Report on vaccination in Madras 1877-1894 - 1877-1894
Year: 1877
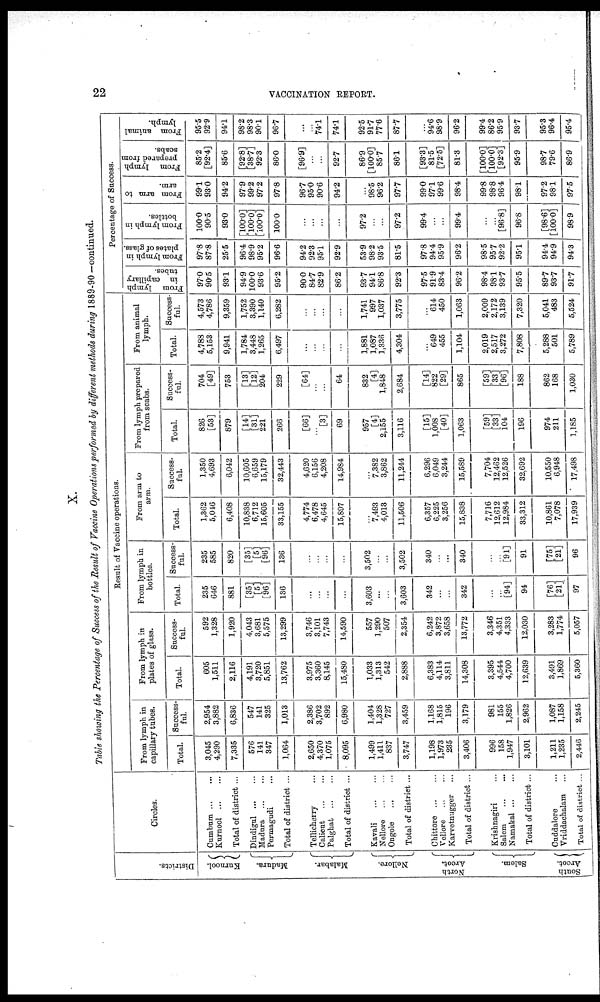
22
VACCINATION REPORT.
X.
Table showing the Percentage of Success of the Result of Vaccine Operations performed by different methods during 1889-90 —continued.
Districts.
Kurnool.
Madura.
Malabar.
Nellore.
North
Arcot.
Salem.
South
Arcot.
Circles.
Cumbum ... ...
Kurnool
...
...
Total of district ...
Dindigul
...
...
Madara ... ...
Permagudi ...
Total of district ...
Tellicherry ...
Calicut
...
...
Palghat
...
...
Total of district ...
Kavali ... ...
Nellore ... ...
Ongole
...
...
Total of district ...
Chittore
...
...
Vellore
...
...
Karvetnugger ...
Total of district ...
Krishnagiri ...
Salem ... ...
Namakal ... ...
Total of district...
Cuddalore ...
Vriddachalam ...
Total of district ...
Result of Vaccine operations.
From lymph in
capillary tubes.
Total.
3,045
4,290
7,335
576
141
347
1,064
2,650
4,370
1,075
8,095
1,499
1,411
837
3,747
1,198
1,973
235
3,406
996
158
1,947
3,101
1,211
1,235
2,446
Success-
ful.
2,954
3,882
6,836
547
141
325
1,013
2,386
3,702
892
6,980
1,404
1,328
727
3,459
1,168
1,815
196
3,179
981
155
1,826
2,962
1,087
1,158
2,245
From lymph in
plates of glass.
Total.
605
1,511
2,116
4,191
3,720
5,851
13,762
3,975
3,360
8,145
15,480
1,033
1,313
542
2,888
6,383
4,114
3,811
14,308
3,395
4,544
4,700
12,639
3,491
1,869
6,360
Success-
ful.
592
1,328
1,920
4,043
3,681
5,575
13,299
3,746
3,101
7,743
14,590
557
1,290
507
2,354
6,242
3,872
3,658
13,772
3,346
4,351
4,333
12,030
3,283
1,774
5,057
From lymph in
bottles.
Total.
235
646
881
[35]
[5]
[96]
136
...
...
...
...
3,603
...
...
3,603
342
...
...
342
...
...
[94]
94
[76]
[21]
97
Success-
ful.
235
585
820
[35]
[5]
[96]
136
...
...
...
...
3,502
...
...
3,502
340
...
...
340
...
...
[91]
91
[75]
[21]
96
From arm to
arm.
Total.
1,362
5,046
6,408
10,838
6,712
15,605
33,155
4,774
6,478
4,645
15,897
...
7,493
4,013
11,506
6,357
6,225
3,256
15,838
7,716
12,612
12,984
33,312
10,861
7,078
17,939
Success-
ful.
1,350
4,693
6,042
10,605
6,659
15,179
32,443
4,620
6,156
4,208
14,984
...
7,382
3,862
11,244
6,296
6,049
3,244
15,589
7,704
12,462
12,526
32,692
10,550
6,948
17,498
From lymph prepared
from scabs.
Total.
826
[53]
879
[14]
[31]
221
266
[66]
...
[3]
69
957
[4]
2,155
3,116
[15]
1,008
[40]
1,063
[59]
[33]
104
196
974
211
1,185
Success-
ful.
704
[49]
753
[13]
[12]
204
229
[64]
...
...
64
832
[4]
1,848
2,684
[14]
822
[29]
865
[59]
[33]
[96]
188
862
168
1,030
From animal
lymph.
Total.
4,788
5,153
9,941
1,784
3,448
1,265
6,497
...
...
...
...
1,881
1,087
1,336
4,304
...
649
455
1,104
2,019
2,517
3,272
7,808
5,288
501
5,789
Success-
ful.
4,573
4,786
9,359
1,752
3,390
1,140
6,282
...
...
...
...
1,741
997
1,037
3,775
...
614
450
1,063
2,009
2,172
3,139
7,320
5,041
483
5,524
Percentage of Success.
From lymph
in capillary
tubes.
97.0
90.5
93.1
94.9
100.0
93.6
95.2
90.0
84.7
82.9
86.2
93.7
94.1
86.8
92.3
97.5
91.9
83.4
96.2
98.4
98.1
93.7
95.5
89.7
93.7
91.7
From lymph in
plates of glass.
97.8
87.8
25.5
96.4
98.9
95.2
96.6
94.2
92.3
95.1
92.9
53.9
98.2
93.5
81.5
97.8
94.4
95.9
96.2
98.5
95.7
92.2
95.1
94.4
94.9
94.3
From lymph in
bottles.
100.0
90.5
93.0
[100.0]
[100.0]
[100.0]
100.0
...
...
...
...
97.2
...
...
97.2
99.4
...
...
99.4
...
...
[96.8]
96.8
[98.6]
[100.0]
98.9
From arm to
arm.
99.1
93.0
94.2
97.9
99.2
97.2
97.8
96.7
95.0
90.6
94.2
...
98.5
96.2
97.7
99.0
97.1
99.6
98.4
99.8
98.8
96.4
98.1
97.2
98.1
97.5
From lymph
prepared from
scabs.
85.2
[92.4]
85.6
[92.8]
[38.7]
92.3
86.0
[96.9]
...
...
92.7
86.9
[100.0]
85.7
86.1
[93.3]
81.5
[72.5]
81.3
[100.0]
[100.0]
[92.3]
95.9
98.7
79.6
86.9
From animal
lymph.
95.5
92.9
94.1
98.2
98.3
90.1
96.7
...
...
74.1
74.1
92.5
91.7
77.6
87.7
...
94.6
98.9
96.2
99.4
86.2
95.9
93.7
95.3
96.4
95.4